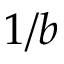
1 / b